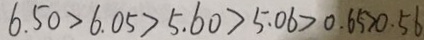
6 . 5 0 > 6 . 0 5 > 5 . 6 0 > 5 . 0 6 > 0 . 6 5 > 0 . 5 6